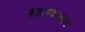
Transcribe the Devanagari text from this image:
वृद्धापकाळात